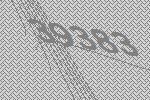
39383